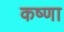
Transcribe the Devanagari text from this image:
कष्णा